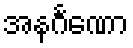
အနင်္ဂဏော